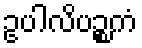
ဥပါလိပဉ္စကံ